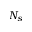
N _ { s }